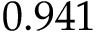
0 . 9 4 1